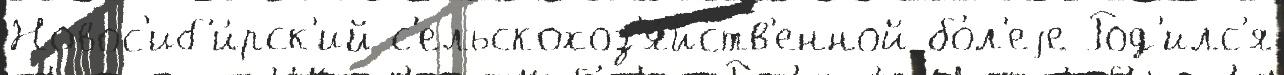
Новос'иб'и́рск'ий с'ельскохоз'я́йств'енной бо́л'еjе Род'илс'я